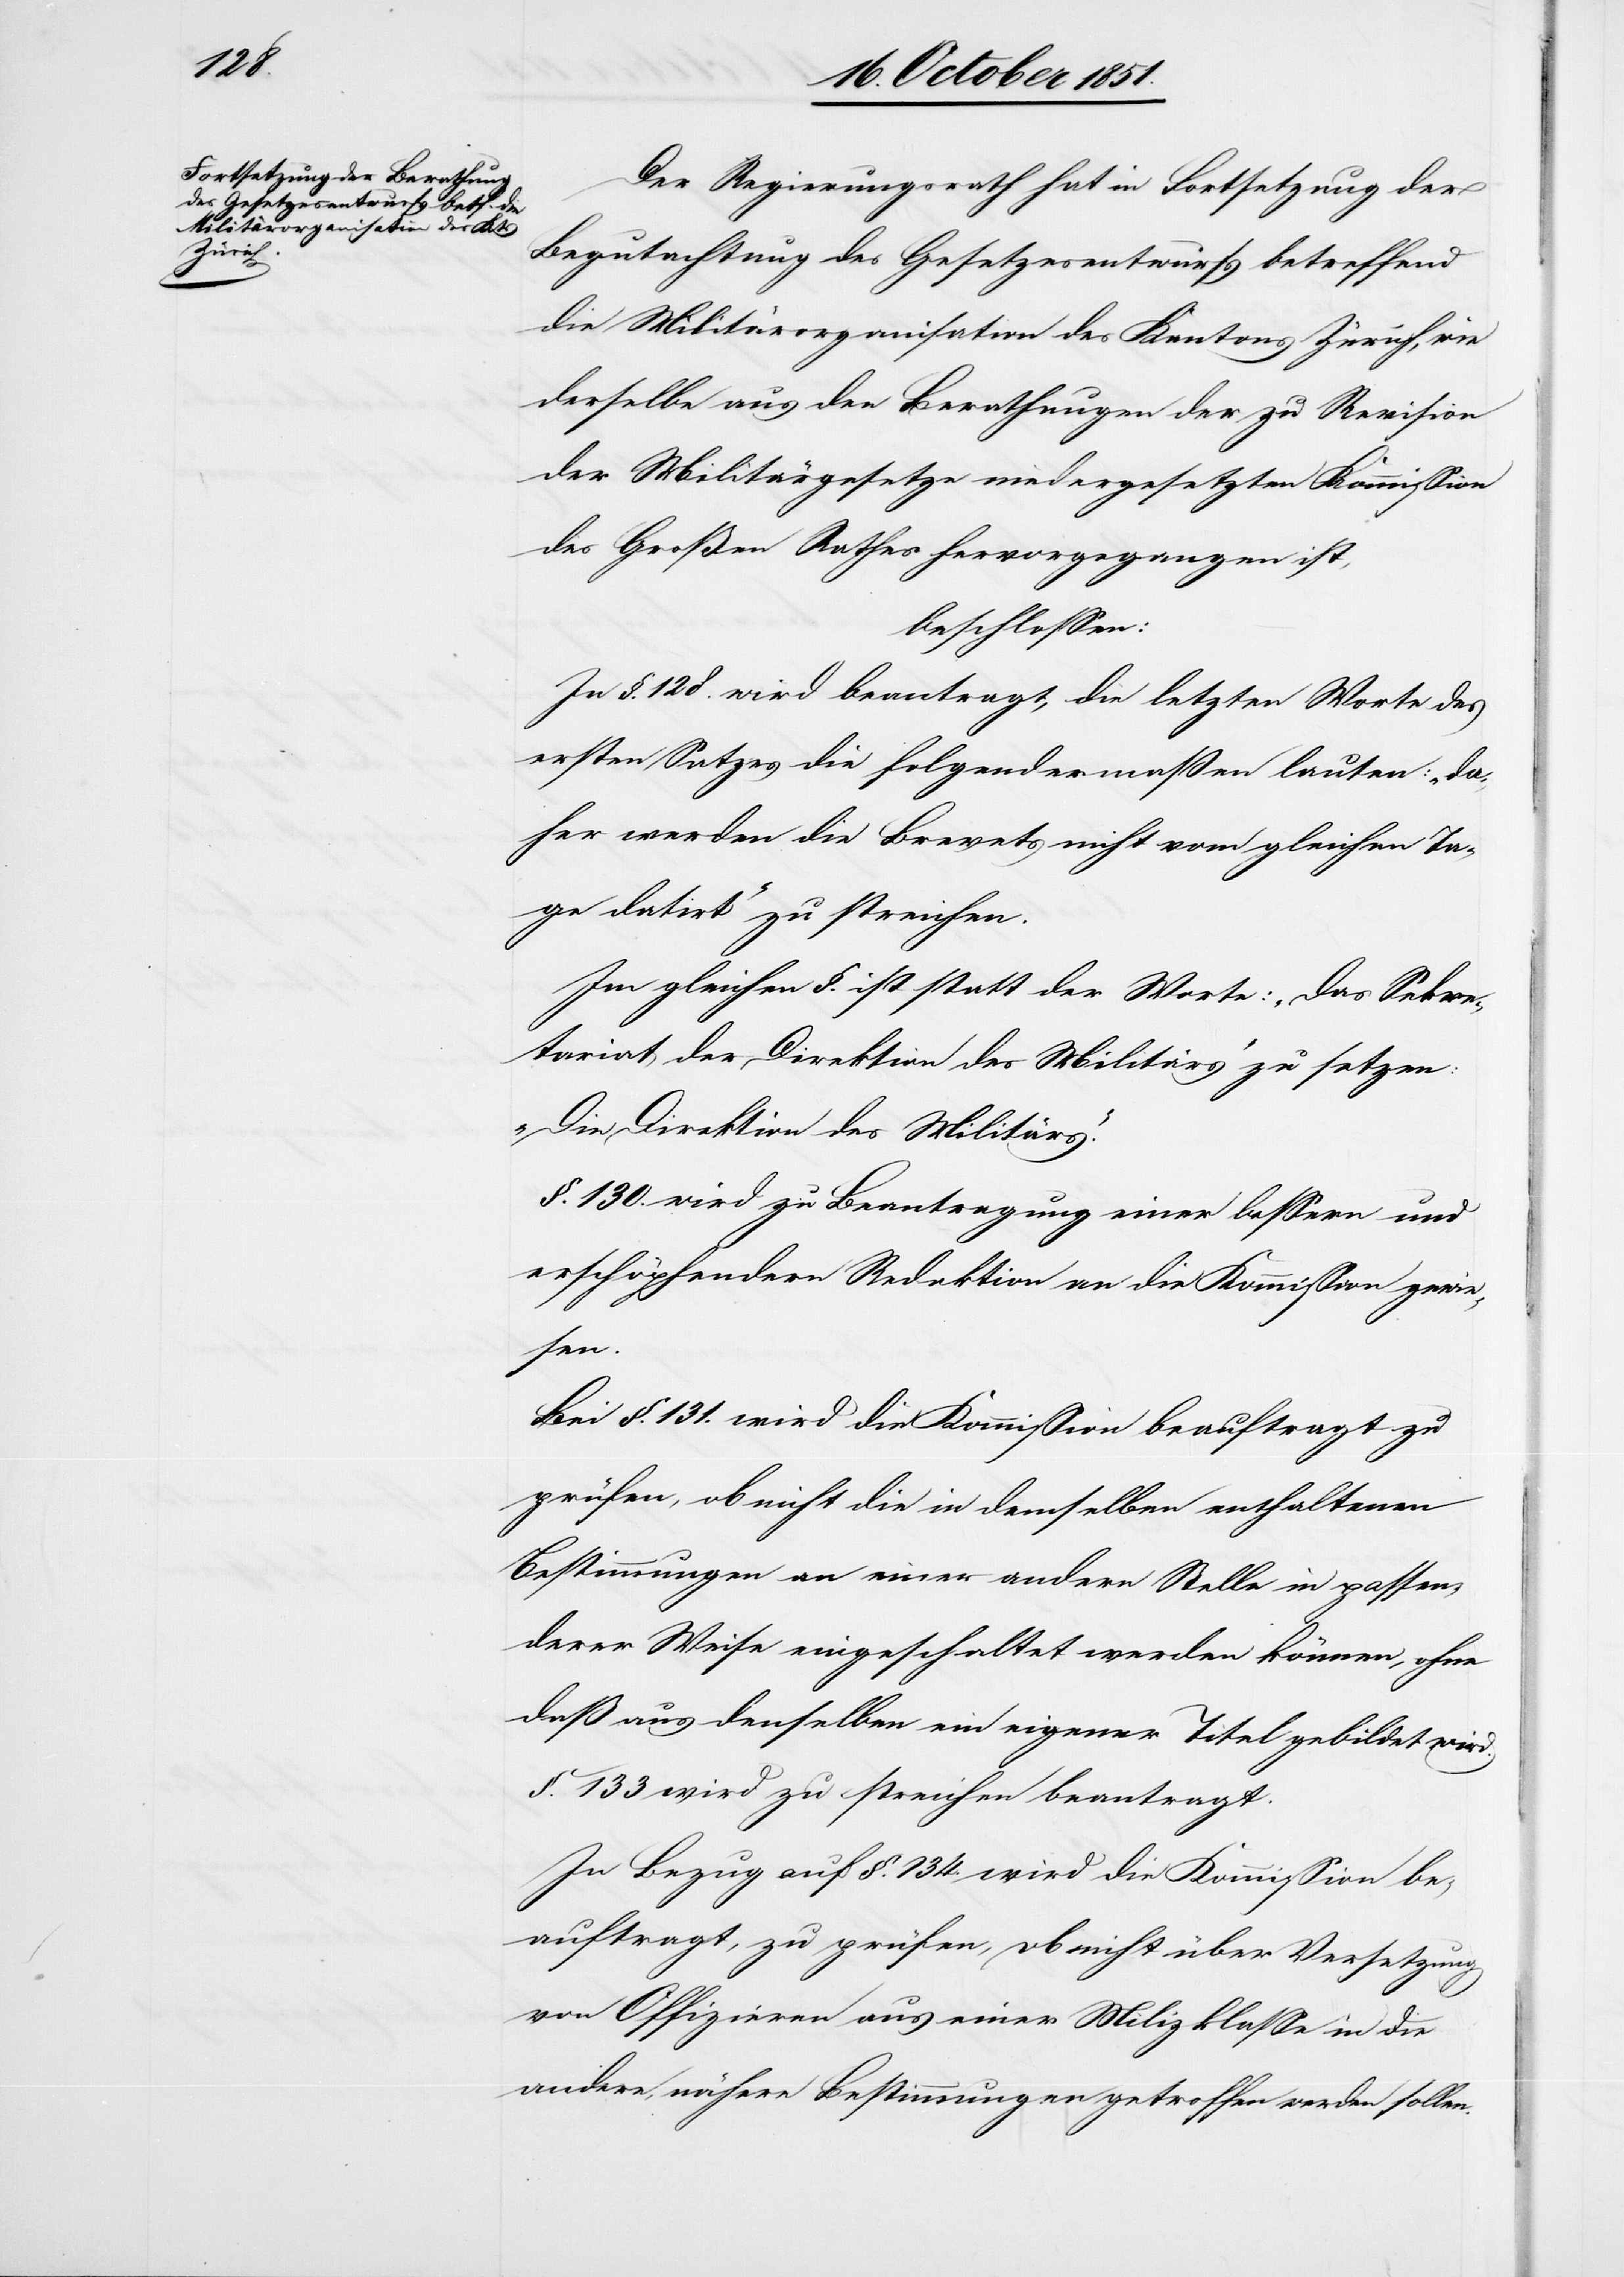
Der Regierungsrath hat in Fortsetzung der
Begutachtung des Gesetzesentwurfs betreffend
die Militärorganisation des Kantons Zürich, wie
derselbe aus den Berathungen der zu Revision
der Militärgesetze niedergesetzten Kommission
des Großen Rathes hervorgegangen ist,
beschlossen:
In §. 128. wird beantragt, die letzten Worte des
ersten Satzes die folgendermaßen lauten: „da¬
her werden die Brevets nicht vom gleichen Ta¬
ge datirt“ zu streichen.
Im gleichen §. ist statt der Worte: „Das Sekre¬
tariat der Direktion des Militärs“ zu setzen:
„Die Direktion des Militärs.“
§. 130. wird zu Beantragung einer bessern und
erschöpfendern Redaktion an die Kommission gewie¬
sen.
Bei §. 131. wird die Kommission beauftragt zu
prüfen, ob nicht die in demselben enthaltenen
Bestimmungen an einer andern Stelle in passen¬
derer Weise eingeschaltet werden können, ohne
daß aus denselben ein eigener Titel gebildet wird.
§. 133 wird zu streichen beantragt.
In Bezug auf §. 134. wird die Kommission be¬
auftragt, zu prüfen, ob nicht über Versetzung
von Offizieren aus einer Milizklasse in die
andere, nähere Bestimmungen getroffen werden sollen.